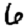
Digit: 6